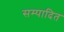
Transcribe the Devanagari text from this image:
सम्‍पादित